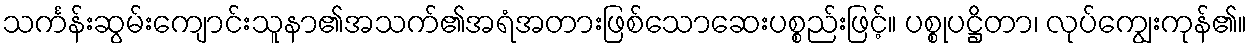
သင်္ကန်းဆွမ်းကျောင်းသူနာ၏အသက်၏အရံအတားဖြစ်သောဆေးပစ္စည်းဖြင့်။ ပစ္စုပဋ္ဌိတာ၊ လုပ်ကျွေးကုန်၏။